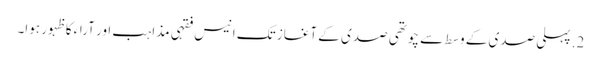
2. پہلی صدی کے وسط سے چوتھی صدی کے آغاز تک انیس فقہی مذاہب اور آراء کا ظہور ہوا۔